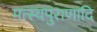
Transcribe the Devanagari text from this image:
मत्स्यपुराणादि